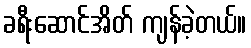
ခရီးဆောင်အိတ် ကျန်ခဲ့တယ်။